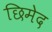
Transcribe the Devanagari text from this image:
छिमेद